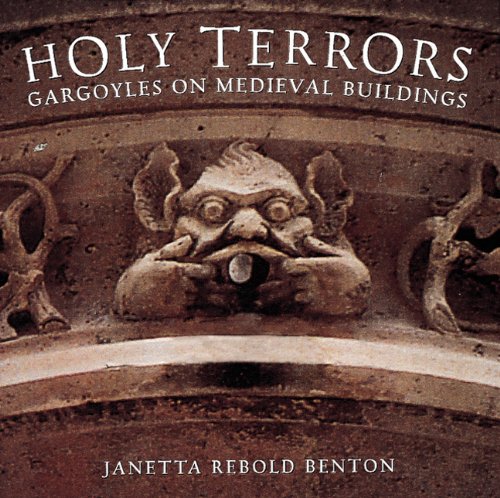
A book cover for Holy Terrors: Gargoyles on Medieval Buildings; Janetta Rebold Benton; Arts & Photography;